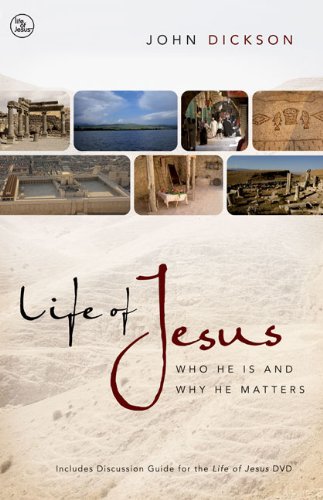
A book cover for Life of Jesus Participant's Guide with DVD: Who He Is and Why He Matters; John Dickson; Christian Books & Bibles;